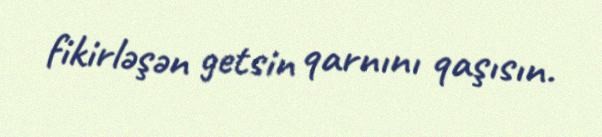
fikirləşən getsin qarnını qaşısın.